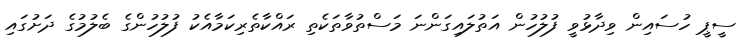
ސީޕީ ހުސައިން ވިދާޅުވީ ފުލުހުން އަތުލައިގަންނަ މަސްތުވާތަކެތި ރައްކާތެރިކަމާއެކު ފުލުހުންގެ ބެލުމުގެ ދަށުގައި